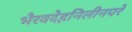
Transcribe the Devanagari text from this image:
भैरवदेहनिलीनपरे